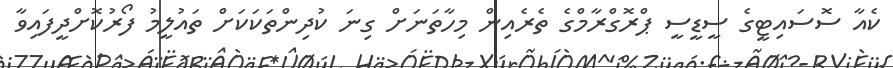
ކެއާ ސޮސައިޓީގެ ސީޑީސީ ޕްރޮގްރާމްގެ ތެރެއިން މިހާތަނަށް ގިނަ ކުދިންތަކަކަށް ތައުލީމު ފޯރުކޮށްދީފައިވާ